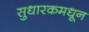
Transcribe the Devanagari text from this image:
सुधारकमधून